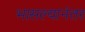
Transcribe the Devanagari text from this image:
भासल्यानंतर